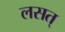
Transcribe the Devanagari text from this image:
लसत्